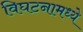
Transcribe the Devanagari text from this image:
विघटनामध्ये